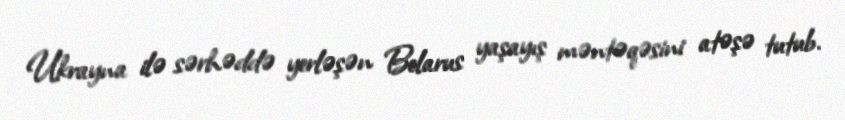
Ukrayna ilə sərhəddə yerləşən Belarus yaşayış məntəqəsini atəşə tutub.